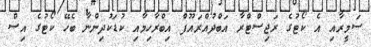
ސަމީރާއި އެ ކޯޓުގެ ރަޖިސްޓްރާ އަބްދުއްރައޫފް އިބްރާހިމާއި ކުޑަކުދިންނާ ބެހޭ ކޯޓުގެ އިސް